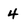
Character: 4